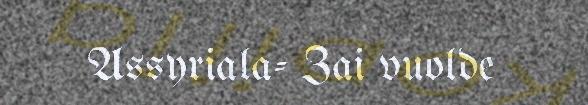
Assyriala- Zai vuolde